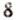
8